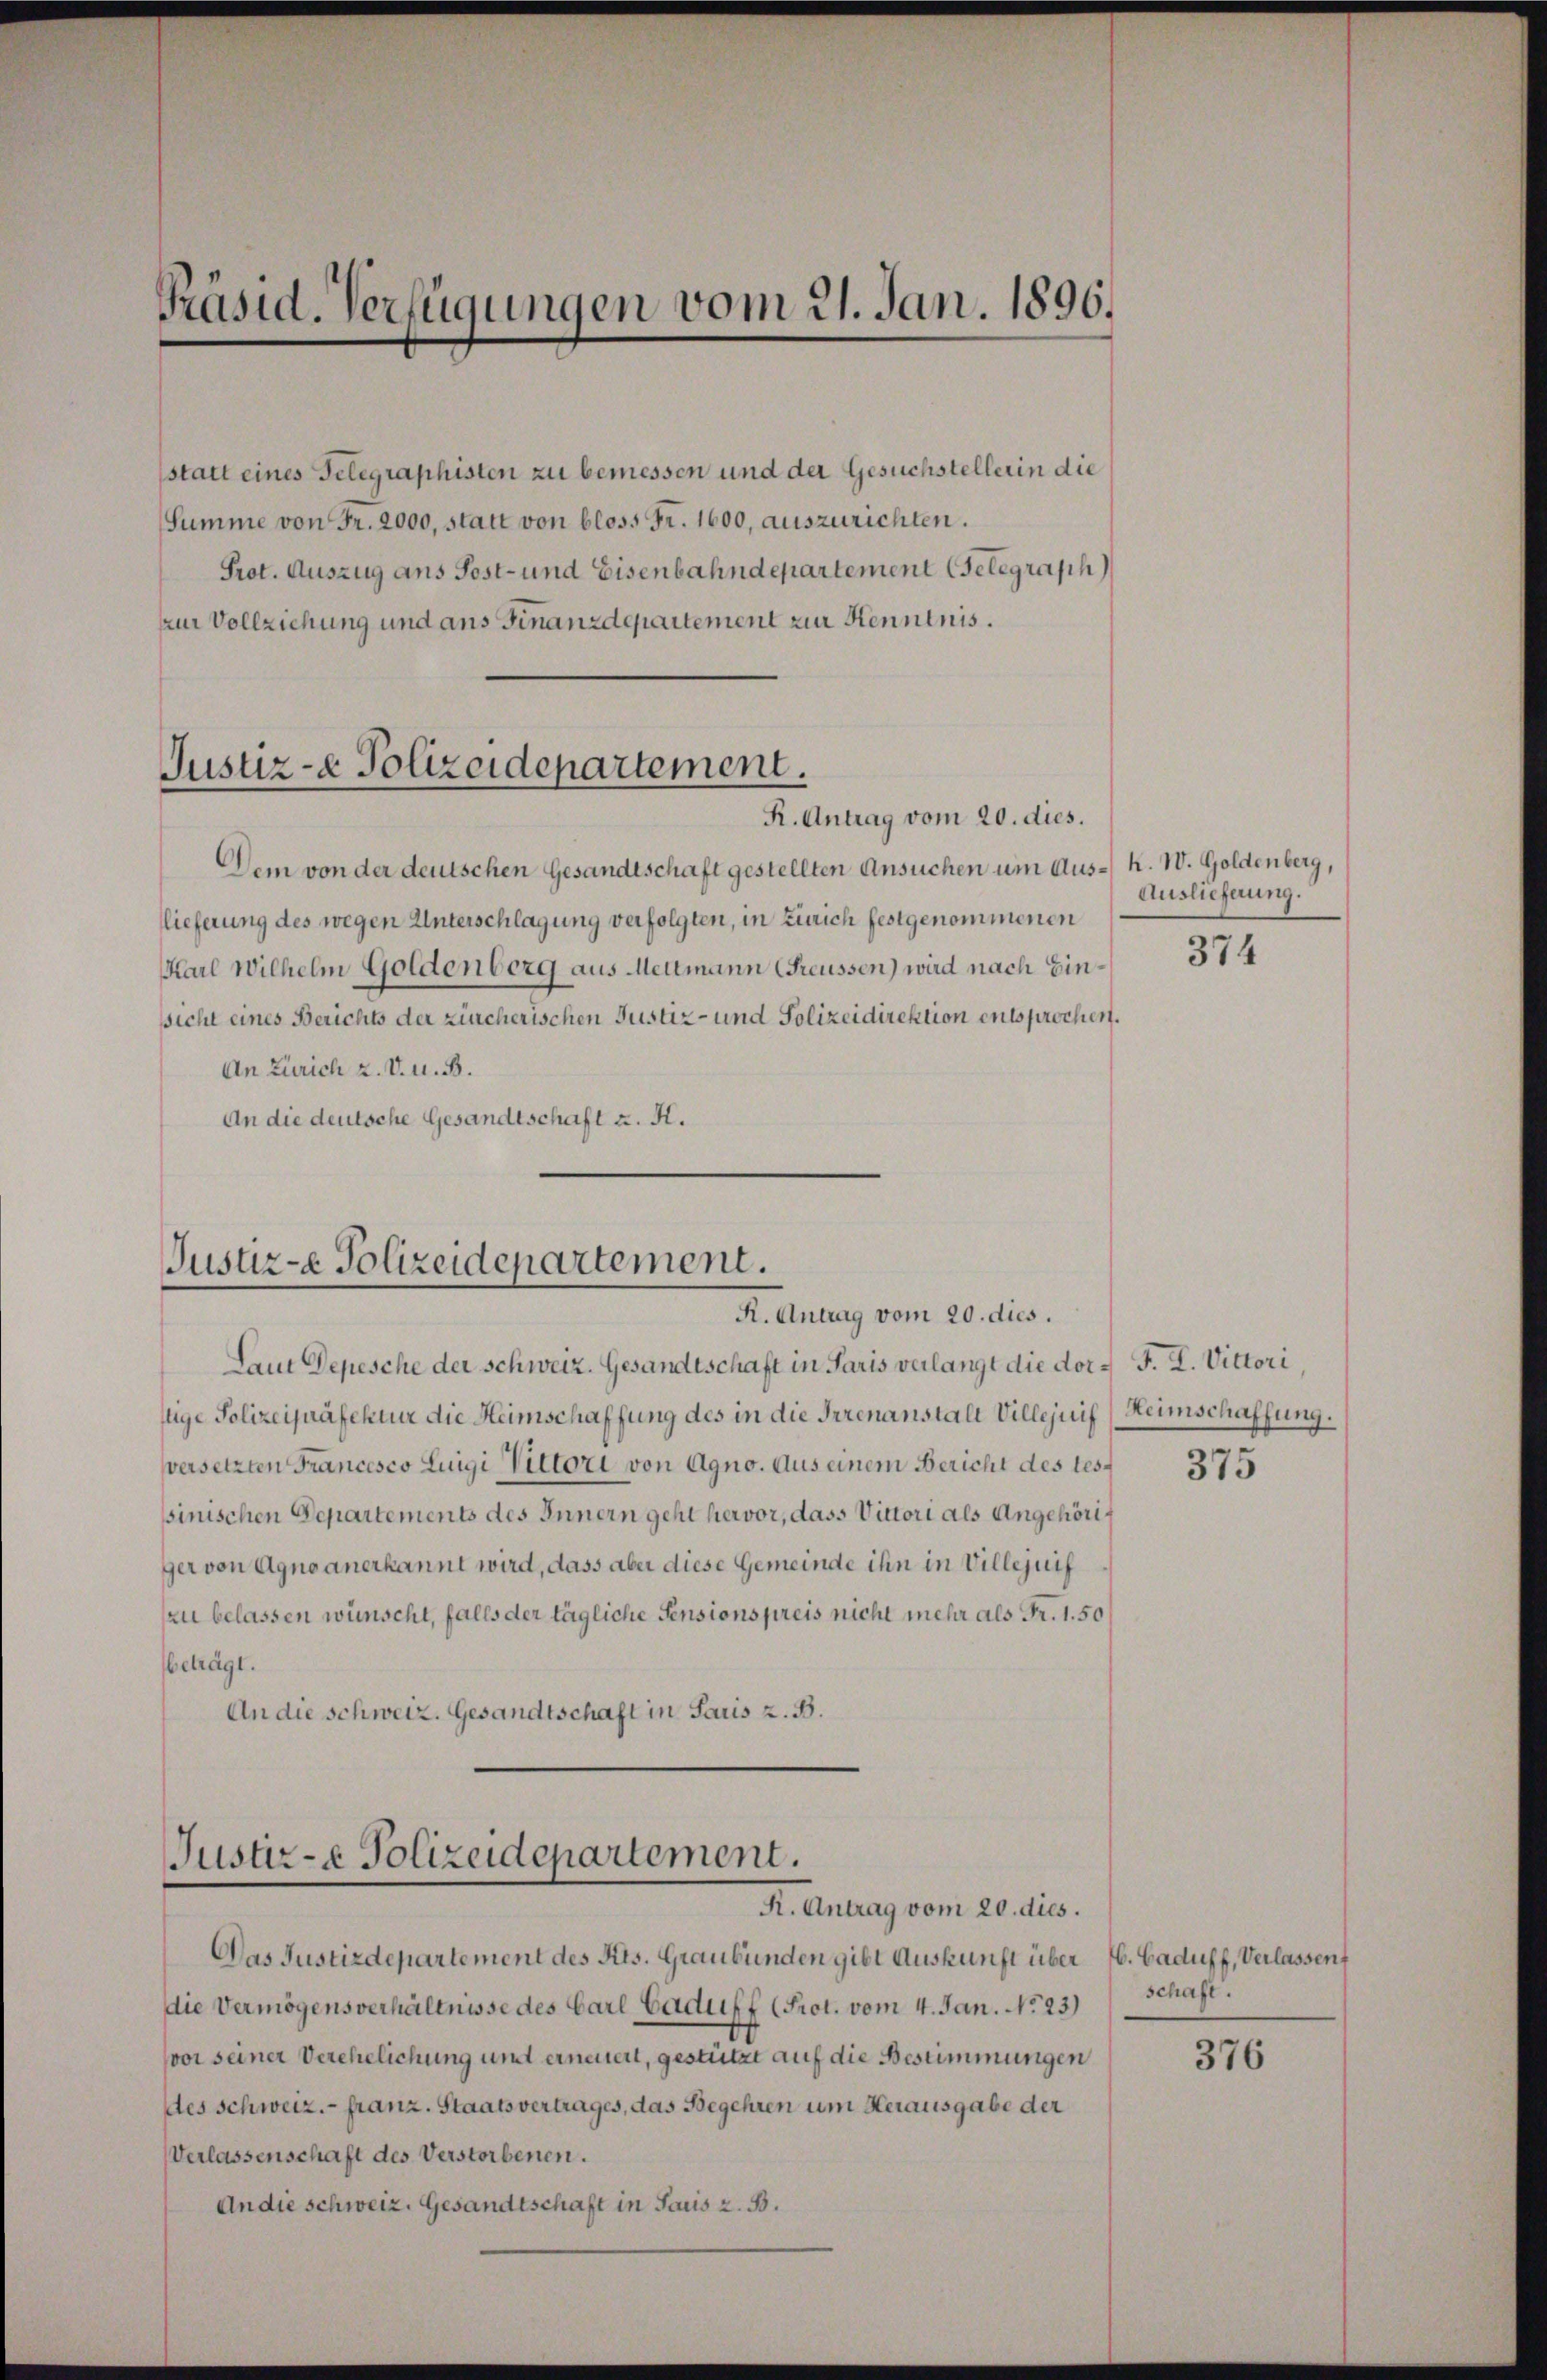
Präsid. Verfügungen vom 21. Jan. 1896.

statt eines Telegraphisten zu bemessen und der Gesuchstellerin die
Summe von Fr. 2000, statt von bloss Fr. 1600, auszurichten.
Prot. Auszug ans Post- und Eisenbahndepartement (Telegraph
zur Vollziehung und ans Finanzdepartement zur Kenntnis.

Justiz-e Polizeidepartement.
R. Antrag vom 20. dies.

Dem von der deutschen Gesandtschaft gestellten Ansuchen um Aus- K. W. Goldenberg,
llieferung des wegen Unterschlagung verfolgten, in Zürich festgenommenen
Karl Wilhelm Goldenberg aus Mettmann (reussen) wird nach Einsicht eines Berichts der zürcherischen Justiz- und Polizeidirektion entsprochen.
An Zürich 2. V. u. B.
An die deutsche Gesandtschaft u. K.

Justiz-e Polizeidepartement.
R. Antrag vom 20. dies.

Laut Depesche der Schweiz. Gesandtschaft in Paris verlangt die dot. F. L. Victori,
stige Polizeipräfektur die Heimschaffung des in die Irrenanstalt Villejuif (Heimschaffung.
versetzten Francesco Luigi Vittori von Agno. Aus einem Bericht des test 375
sinischen Departements des Innern geht hervor, dass Victori als Angehöriger von Agnoanerkannt wird, dass aber diese Gemeinde ihn in Villejuif
zu belassen wünscht, falls der tägliche Pensionspreis nicht mehr als Fr. 1.50
beträgt.
An die schweiz. Gesandtschaft in Paris z. B.

Justiz- & Polizeidepartement.
K. Antrag vom 20. dies.

Das Justizdepartement des Kts. Graubünden gibt Auskunft über 6. Caduff, Verlassen
die Vermögensverhältnisse des Carl Caduff (Prot. vom 4. Jan. No 23)
vor seiner Verehelichung und erneuert, gestützt auf die Bestimmungen
des Schweiz.- franz. Staatsvertrages, das Begehren um Herausgabe der
Verlassenschaft des Verstorbenen.
An die schweiz. Gesandtschaft in Saus z. B.

Auslieferung.

374

schaft.

376